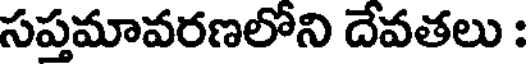
సప్తమావరణలోని దేవతలు :